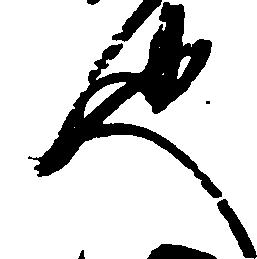
也